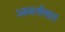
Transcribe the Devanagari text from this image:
आकर्षणात